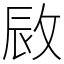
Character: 敐